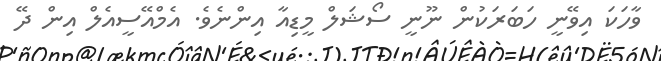
ވާހަކަ އިވޭނީ ހަބަރަކުން ނޫނީ ސޯޝަލް މީޑިއާ އިންނެވެ. އެމްއޭސީއެލް އިން ދޭ